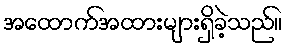
အထောက်အထားများရှိခဲ့သည်။